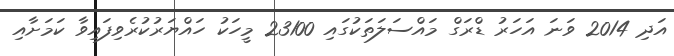
އަދި 2014 ވަނަ އަހަރު ޑްރަގް މައްސަލަތަކުގައި 23100 މީހަކު ހައްޔަރުކުރެވިފައިވާ ކަމަށާއި